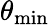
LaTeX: \theta_{\mathrm{min}}